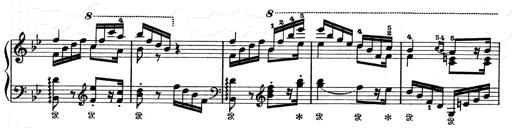
Title: Aus Lohengrin
Composer: Franz Liszt